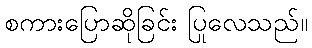
စကားပြောဆိုခြင်း ပြုလေသည်။